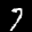
Label: 7